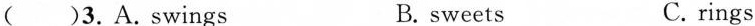
( )3.A.Swings B. sweets C.rings